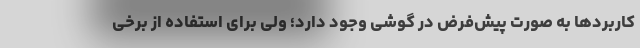
کاربردها به صورت پیش‌فرض در گوشی وجود دارد؛ ولی برای استفاده از برخی